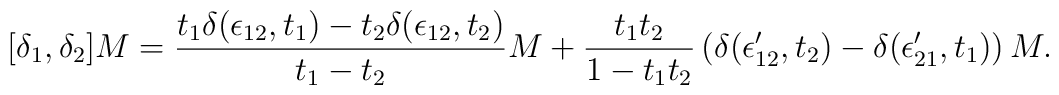
[\delta_1, \delta_2]M = {t_1 \delta (\epsilon_{12}, t_1) -t_2 \delta (\epsilon_{12}, t_2)\over t_1 - t_2} M + {t_1 t_2\over 1 - t_1 t_2 }\left( \delta(\epsilon'_{12}, t_2) - \delta(\epsilon'_{21},t_1)\right) M.